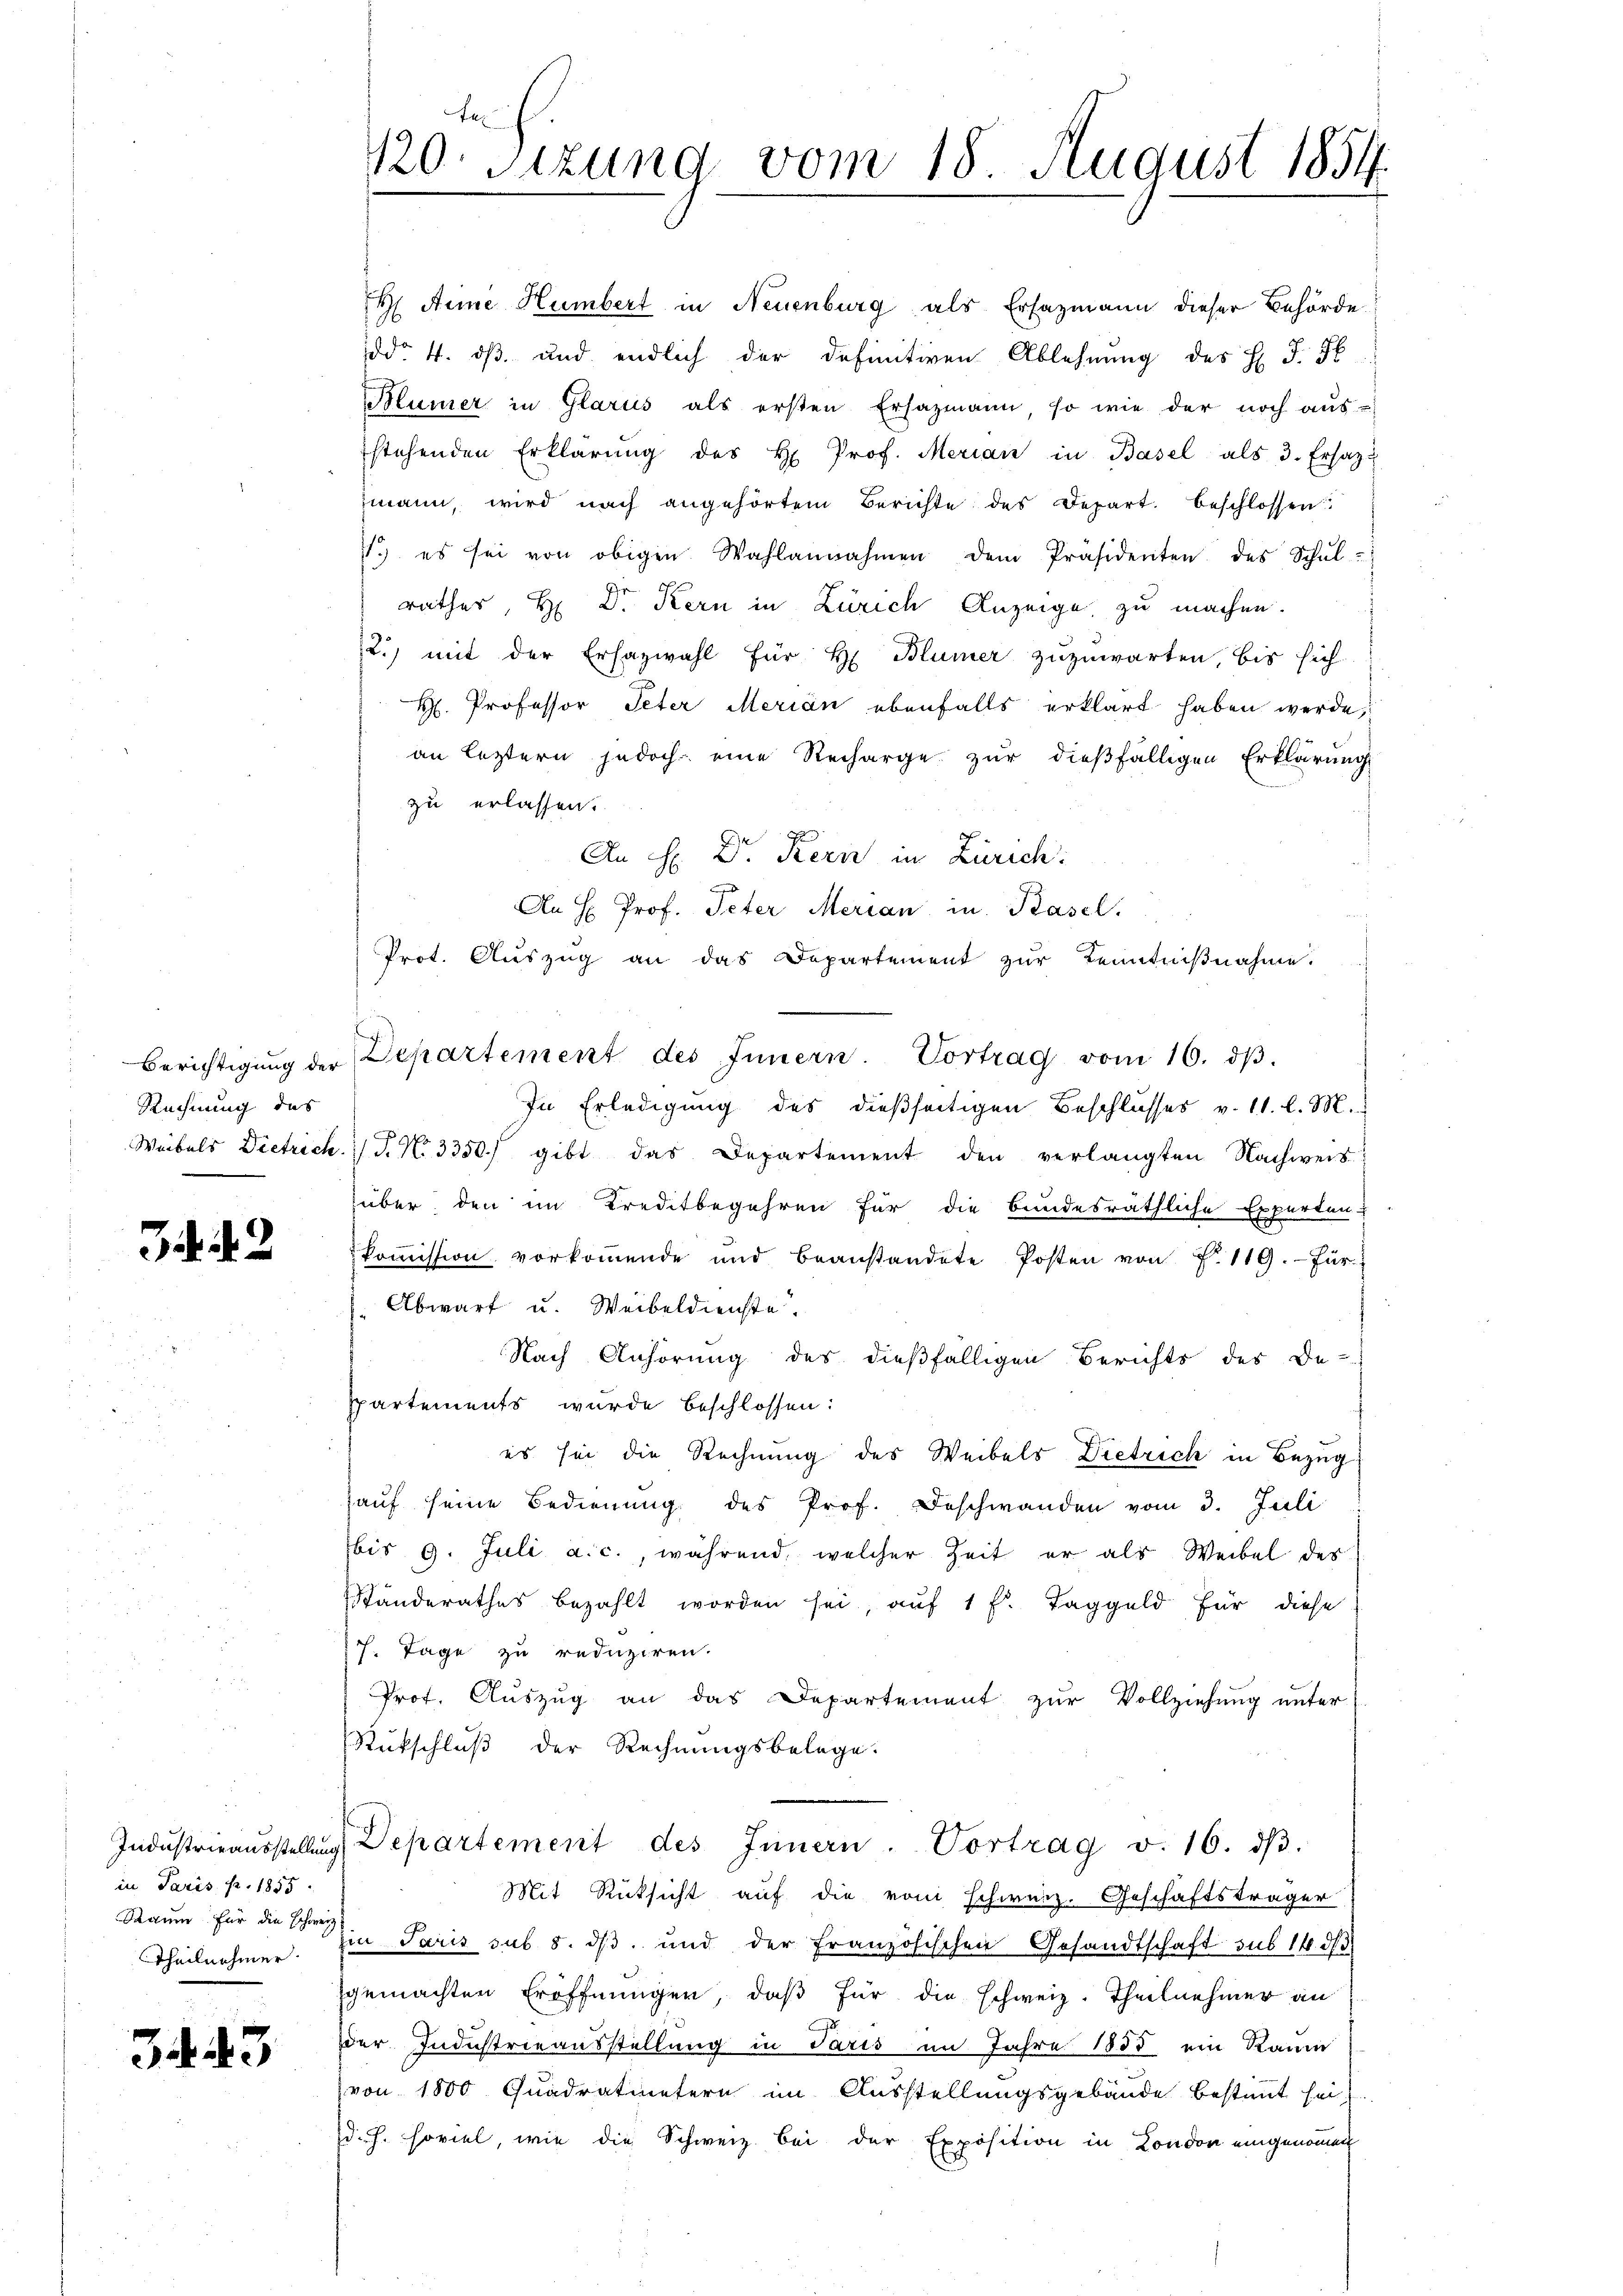
Rechnung des

34. 42

in Paris pr. 1855.
Theilnehmer.

34. 43

H Anine Humbert in Neuenburg als Ersazmann dieser Behörde
ddo. 4. dß und endlich der definitiven Ablehnung des H. P. F
Mümer in Glarus als ersten Ersazmann, so wie der noch aŭs-
stehenden Erklärŭng des H Prof. Merian in Basel als 3. Ersatzu
zmann, wird nach angehörtem Berichte des Depart. beschlossen:
7.) es sei von obigen Wahlannahmen dem Präsidenten des Schŭl-
rathes, H. Dr. Kern in Zürich Anzeige zu machen.
2.) mit der Erhazwahl für H Blümer zuzuwarten, bis sich
H. Professor Peter Merian ebenfalls erklärt haben werde.
an leztern jedoch eine Recharge zur dießfälligen Erklärung
zu erlassen.
An H: Dr. Kern in Zürich.
An H Prof. Peter Merian in Basel.
Prot. Aŭszŭg an das Departement zŭr Kenntniβnahme.
Berichtigŭng der Departement des Innern. Vortrag vom 16. dβ.
In Erledigung des dießseitigen Beschlusses v. 11. l. M.
Weibels Dietrich. T. No 3350) gibt das Departement den verlangten Nachweis
über den im Kreditbegehren für die bundesräthliche Experten u
koṁission vorkoṁende und beanstandete Posten von f. 119. Für
Abwart u. Weibeldienste.
Nach Anhörung des dießfälligen Berichts des De-
spartements wurde beschlossen:
es sei die Rechnung des Weibels Dietrich in Bezug
hauf seine Bedienung des Prof. Deschwanden vom 3. Juli
bis 9. Juli a. c., während, welcher Zeit er als Weibel des
Ständerathes bezahlt worden sei, auf 1 f. Taggeld für diese
17. Tage zu reduziren.
Prof. Auszug an das Departement zur Vollziehung unter
Rückschluß der Rechnungsbelege.
Indŭstrieaŭsstellŭng Departement des Innern. Vortrag v. 16. dβ.
Mit Rücksicht auf die von Schweiz. Geschäftsträger
Raum für die er in Paris sub 5. ds. und der Französischen Gesandtschaft sub 14 d
gemachten Eröffnungen, daß für die schweiz. Theilnehmer an
der Industrieausstellung in Paris im Jahre 1855 ein Raum
von 1800 Quadratmetern im Ausstellungsgebäude bestimmt sei
d.h. soviel, wie die Schweiz. bei der Exposition in London eingenommen

te
120. Sizung vom 18. August 1854.